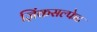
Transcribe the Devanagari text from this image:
ज़िंकसल्फेट